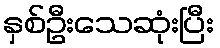
နှစ်ဦးသေဆုံးပြီး